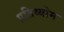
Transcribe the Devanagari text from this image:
प्रतिव्योम